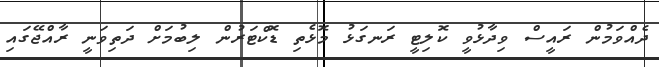
ދެއްވަމުން ރައީސް ވިދާޅުވީ ކޮލިޓީ ރަނގަޅު މޮޅެތި ޑޮކްޓަރުން ލިބުމަށް ދަތިވަނީ ރާއްޖޭގައި